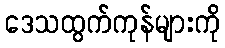
ဒေသထွက်ကုန်များကို